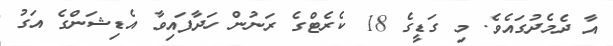
އާ ދެމެދުގައެވެ. މި ގަޑީގެ 18 ކެރެޓްގެ ރަނުން ހަދާފައިވާ އެޑިޝަންގެ އަގު